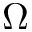
\Omega